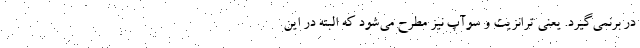
در برنمی‌گیرد. یعنی ترانزیت و سوآپ نیز مطرح می‌شود که البته در این